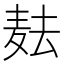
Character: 𱋋